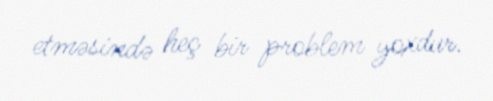
etməsində heç bir problem yoxdur.